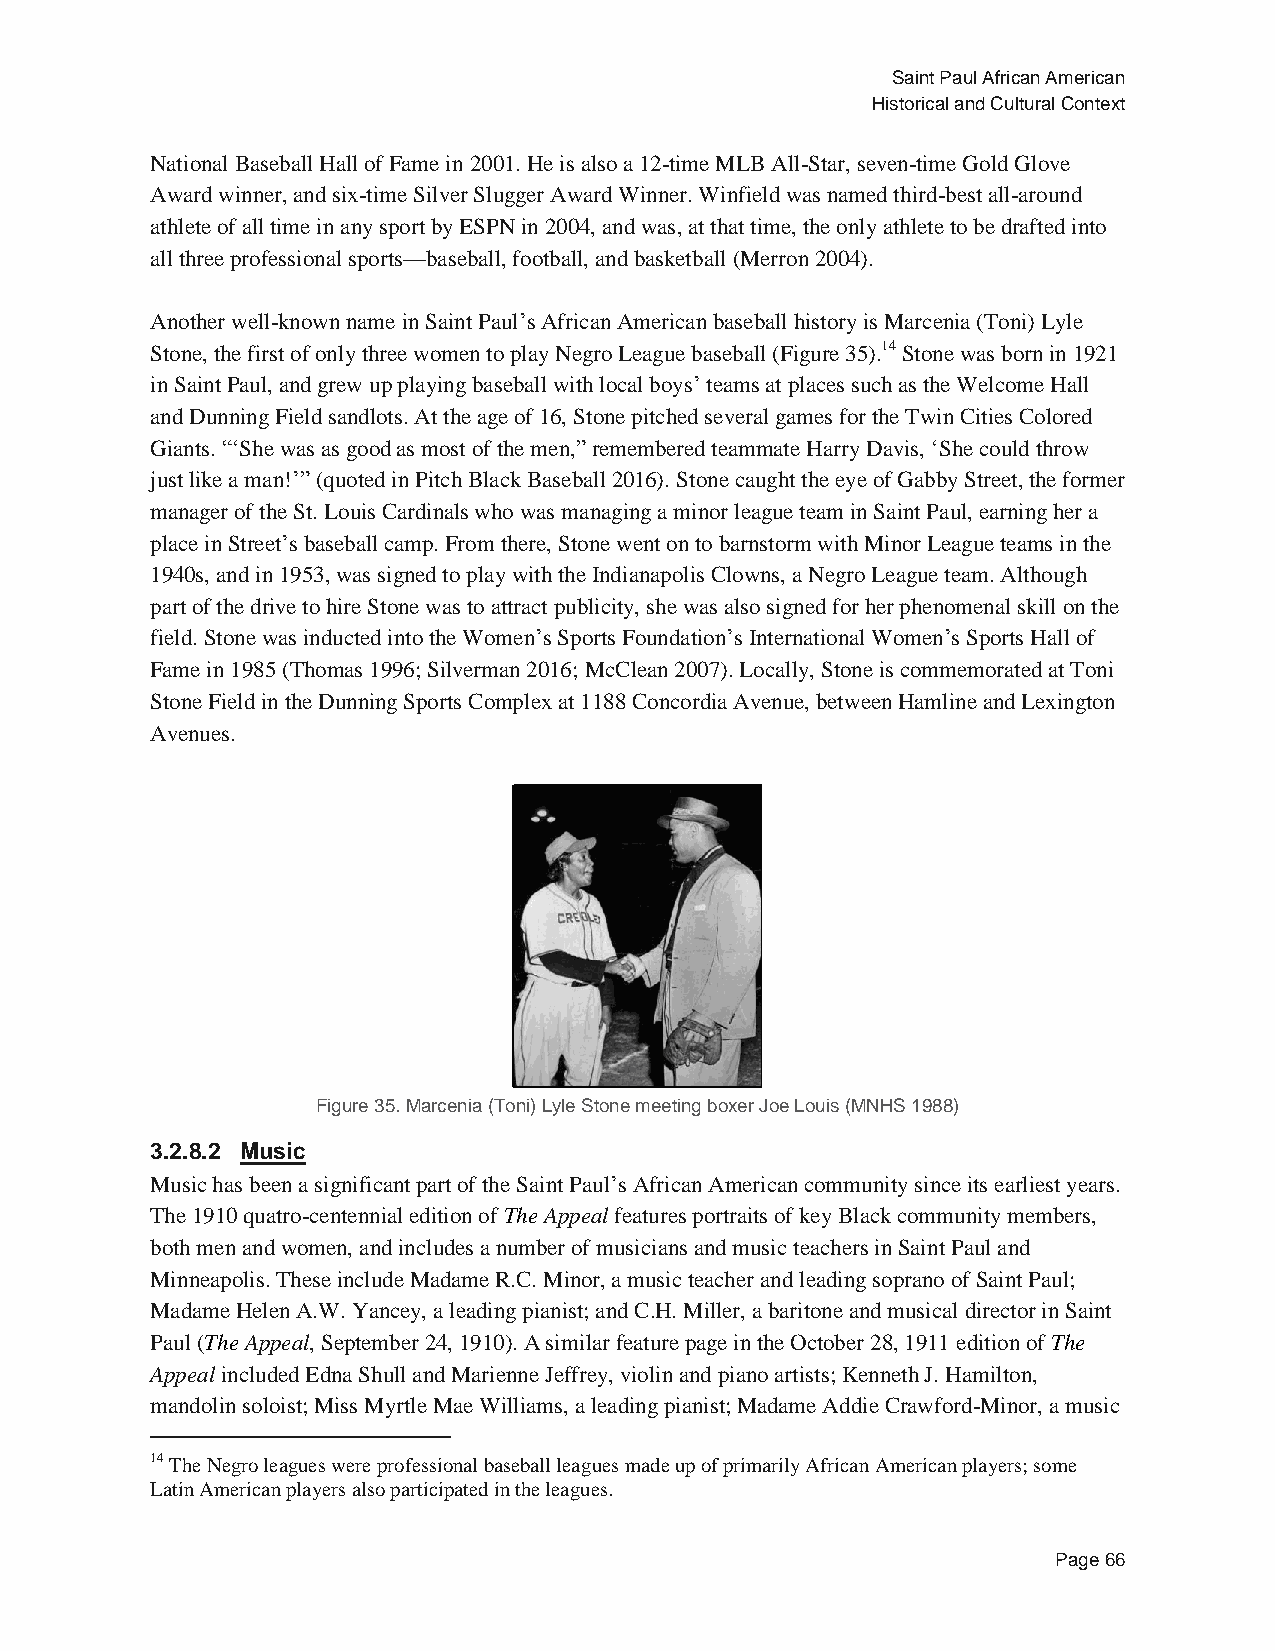
Saint Paul African American
 Historical and Cultural Context
 National Baseball Hall of Fame in 2001. He is also a 12-time MLB All-Star, seven-time Gold Glove
 Award winner, and six-time Silver Slugger Award Winner. Winfield was named third-best all-around
 athlete of all time in any sport by ESPN in 2004, and was, at that time, the only athlete to be drafted into
 all three professional sports—baseball, football, and basketball (Merron 2004).
 Another well-known name in Saint Paul’s African American baseball history is Marcenia (Toni) Lyle
 Stone, the first of only three women to play Negro League baseball (Figure 35).14 Stone was born in 1921
 in Saint Paul, and grew up playing baseball with local boys’ teams at places such as the Welcome Hall
 and Dunning Field sandlots. At the age of 16, Stone pitched several games for the Twin Cities Colored
 Giants. “‘She was as good as most of the men,” remembered teammate Harry Davis, ‘She could throw
 just like a man!’” (quoted in Pitch Black Baseball 2016). Stone caught the eye of Gabby Street, the former
 manager of the St. Louis Cardinals who was managing a minor league team in Saint Paul, earning her a
 place in Street’s baseball camp. From there, Stone went on to barnstorm with Minor League teams in the
 1940s, and in 1953, was signed to play with the Indianapolis Clowns, a Negro League team. Although
 part of the drive to hire Stone was to attract publicity, she was also signed for her phenomenal skill on the
 field. Stone was inducted into the Women’s Sports Foundation’s International Women’s Sports Hall of
 Fame in 1985 (Thomas 1996; Silverman 2016; McClean 2007). Locally, Stone is commemorated at Toni
 Stone Field in the Dunning Sports Complex at 1188 Concordia Avenue, between Hamline and Lexington
 Avenues.
 Figure 35. Marcenia (Toni) Lyle Stone meeting boxer Joe Louis (MNHS 1988)
 3.2.8.2 Music
 Music has been a significant part of the Saint Paul’s African American community since its earliest years.
 The 1910 quatro-centennial edition of The Appeal features portraits of key Black community members,
 both men and women, and includes a number of musicians and music teachers in Saint Paul and
 Minneapolis. These include Madame R.C. Minor, a music teacher and leading soprano of Saint Paul;
 Madame Helen A.W. Yancey, a leading pianist; and C.H. Miller, a baritone and musical director in Saint
 Paul (The Appeal, September 24, 1910). A similar feature page in the October 28, 1911 edition of The
 Appeal included Edna Shull and Marienne Jeffrey, violin and piano artists; Kenneth J. Hamilton,
 mandolin soloist; Miss Myrtle Mae Williams, a leading pianist; Madame Addie Crawford-Minor, a music
 14 The Negro leagues were professional baseball leagues made up of primarily African American players; some
 Latin American players also participated in the leagues.
 Page 66